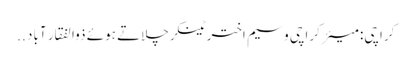
کراچی: میئر کراچی وسیم اختر ٹینکر چلاتے ہوئے ذوالفقار آباد ..